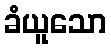
ခံယူသော